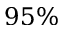
9 5 \%